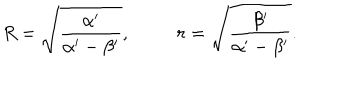
R = \sqrt { \frac { \alpha ^ { \prime } } { \alpha ^ { \prime } - \beta ^ { \prime } } } , ~ r = \sqrt { \frac { \beta ^ { \prime } } { \alpha ^ { \prime } - \beta ^ { \prime } } } .